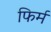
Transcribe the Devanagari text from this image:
फिर्म